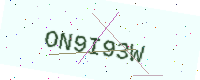
Text: ON9I93W